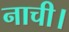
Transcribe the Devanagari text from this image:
नाची।